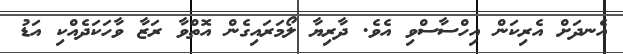
އެނދަށް އެރިކަން އިހްސާސްވި އެވެ. ދާރިޔާ ލޯމަރައިގެން އޮތްވާ ރަޒާ ވާހަކަދެއްކި އަޑު